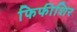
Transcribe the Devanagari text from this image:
फिफीशिर